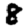
Digit: 8